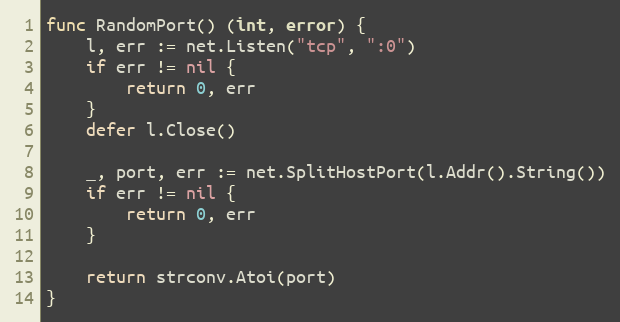
Language: Go
func RandomPort() (int, error) {
	l, err := net.Listen("tcp", ":0")
	if err != nil {
		return 0, err
	}
	defer l.Close()

	_, port, err := net.SplitHostPort(l.Addr().String())
	if err != nil {
		return 0, err
	}

	return strconv.Atoi(port)
}